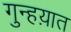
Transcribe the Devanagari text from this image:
गुन्हय़ात